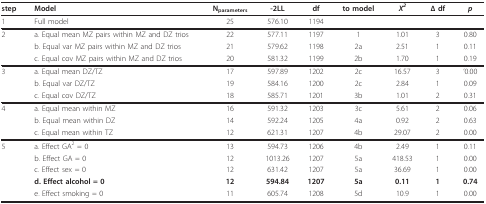
<table><thead><tr><td><b>step</b></td><td><b>Model</b></td><td><b>N<sub>parameters</sub></b></td><td><b>-2LL</b></td><td><b>df</b></td><td><b>to model</b></td><td><b><i>Χ<sup>2</sup></i></b></td><td><b>Δ df</b></td><td><b><i>p</i></b></td></tr></thead><tbody><tr><td>1</td><td>Full model</td><td>25</td><td>576.10</td><td>1194</td><td></td><td></td><td></td><td></td></tr><tr><td>2</td><td>a. Equal mean MZ pairs within MZ and DZ trios</td><td>22</td><td>577.11</td><td>1197</td><td>1</td><td>1.01</td><td>3</td><td>0.80</td></tr><tr><td></td><td>b. Equal var MZ pairs within MZ and DZ trios</td><td>21</td><td>579.62</td><td>1198</td><td>2a</td><td>2.51</td><td>1</td><td>0.11</td></tr><tr><td></td><td>c. Equal cov MZ pairs within MZ and DZ trios</td><td>20</td><td>581.32</td><td>1199</td><td>2b</td><td>1.70</td><td>1</td><td>0.19</td></tr><tr><td>3</td><td>a. Equal mean DZ/TZ</td><td>17</td><td>597.89</td><td>1202</td><td>2c</td><td>16.57</td><td>3</td><td>&#x27;0.00</td></tr><tr><td></td><td>b. Equal var DZ/TZ</td><td>19</td><td>584.16</td><td>1200</td><td>2c</td><td>2.84</td><td>1</td><td>0.09</td></tr><tr><td></td><td>c. Equal cov DZ/TZ</td><td>18</td><td>585.71</td><td>1201</td><td>3b</td><td>1.01</td><td>2</td><td>0.31</td></tr><tr><td>4</td><td>a. Equal mean within MZ</td><td>16</td><td>591.32</td><td>1203</td><td>3c</td><td>5.61</td><td>2</td><td>0.06</td></tr><tr><td></td><td>b. Equal mean within DZ</td><td>14</td><td>592.24</td><td>1205</td><td>4a</td><td>0.92</td><td>2</td><td>0.63</td></tr><tr><td></td><td>c. Equal mean within TZ</td><td>12</td><td>621.31</td><td>1207</td><td>4b</td><td>29.07</td><td>2</td><td>0.00</td></tr><tr><td>5</td><td>a. Effect GA<sup>2 </sup>= 0</td><td>13</td><td>594.73</td><td>1206</td><td>4b</td><td>2.49</td><td>1</td><td>0.11</td></tr><tr><td></td><td>b. Effect GA = 0</td><td>12</td><td>1013.26</td><td>1207</td><td>5a</td><td>418.53</td><td>1</td><td>0.00</td></tr><tr><td></td><td>c. Effect sex = 0</td><td>12</td><td>631.42</td><td>1207</td><td>5a</td><td>36.69</td><td>1</td><td>0.00</td></tr><tr><td></td><td><b>d. Effect alcohol = 0</b></td><td><b>12</b></td><td><b>594.84</b></td><td><b>1207</b></td><td><b>5a</b></td><td><b>0.11</b></td><td><b>1</b></td><td><b>0.74</b></td></tr><tr><td></td><td>e. Effect smoking = 0</td><td>11</td><td>605.74</td><td>1208</td><td>5d</td><td>10.9</td><td>1</td><td>0.00</td></tr></tbody></table>